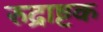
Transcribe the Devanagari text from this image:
रुद्राष्टक